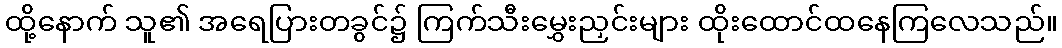
ထို့နောက် သူ၏ အရေပြားတခွင်၌ ကြက်သီးမွှေးညှင်းများ ထိုးထောင်ထနေကြလေသည်။